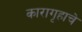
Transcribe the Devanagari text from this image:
कारागृहाचे